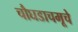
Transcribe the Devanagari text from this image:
चौघडाचमूचे